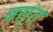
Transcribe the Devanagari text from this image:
बस्ंत